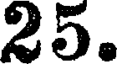
25.